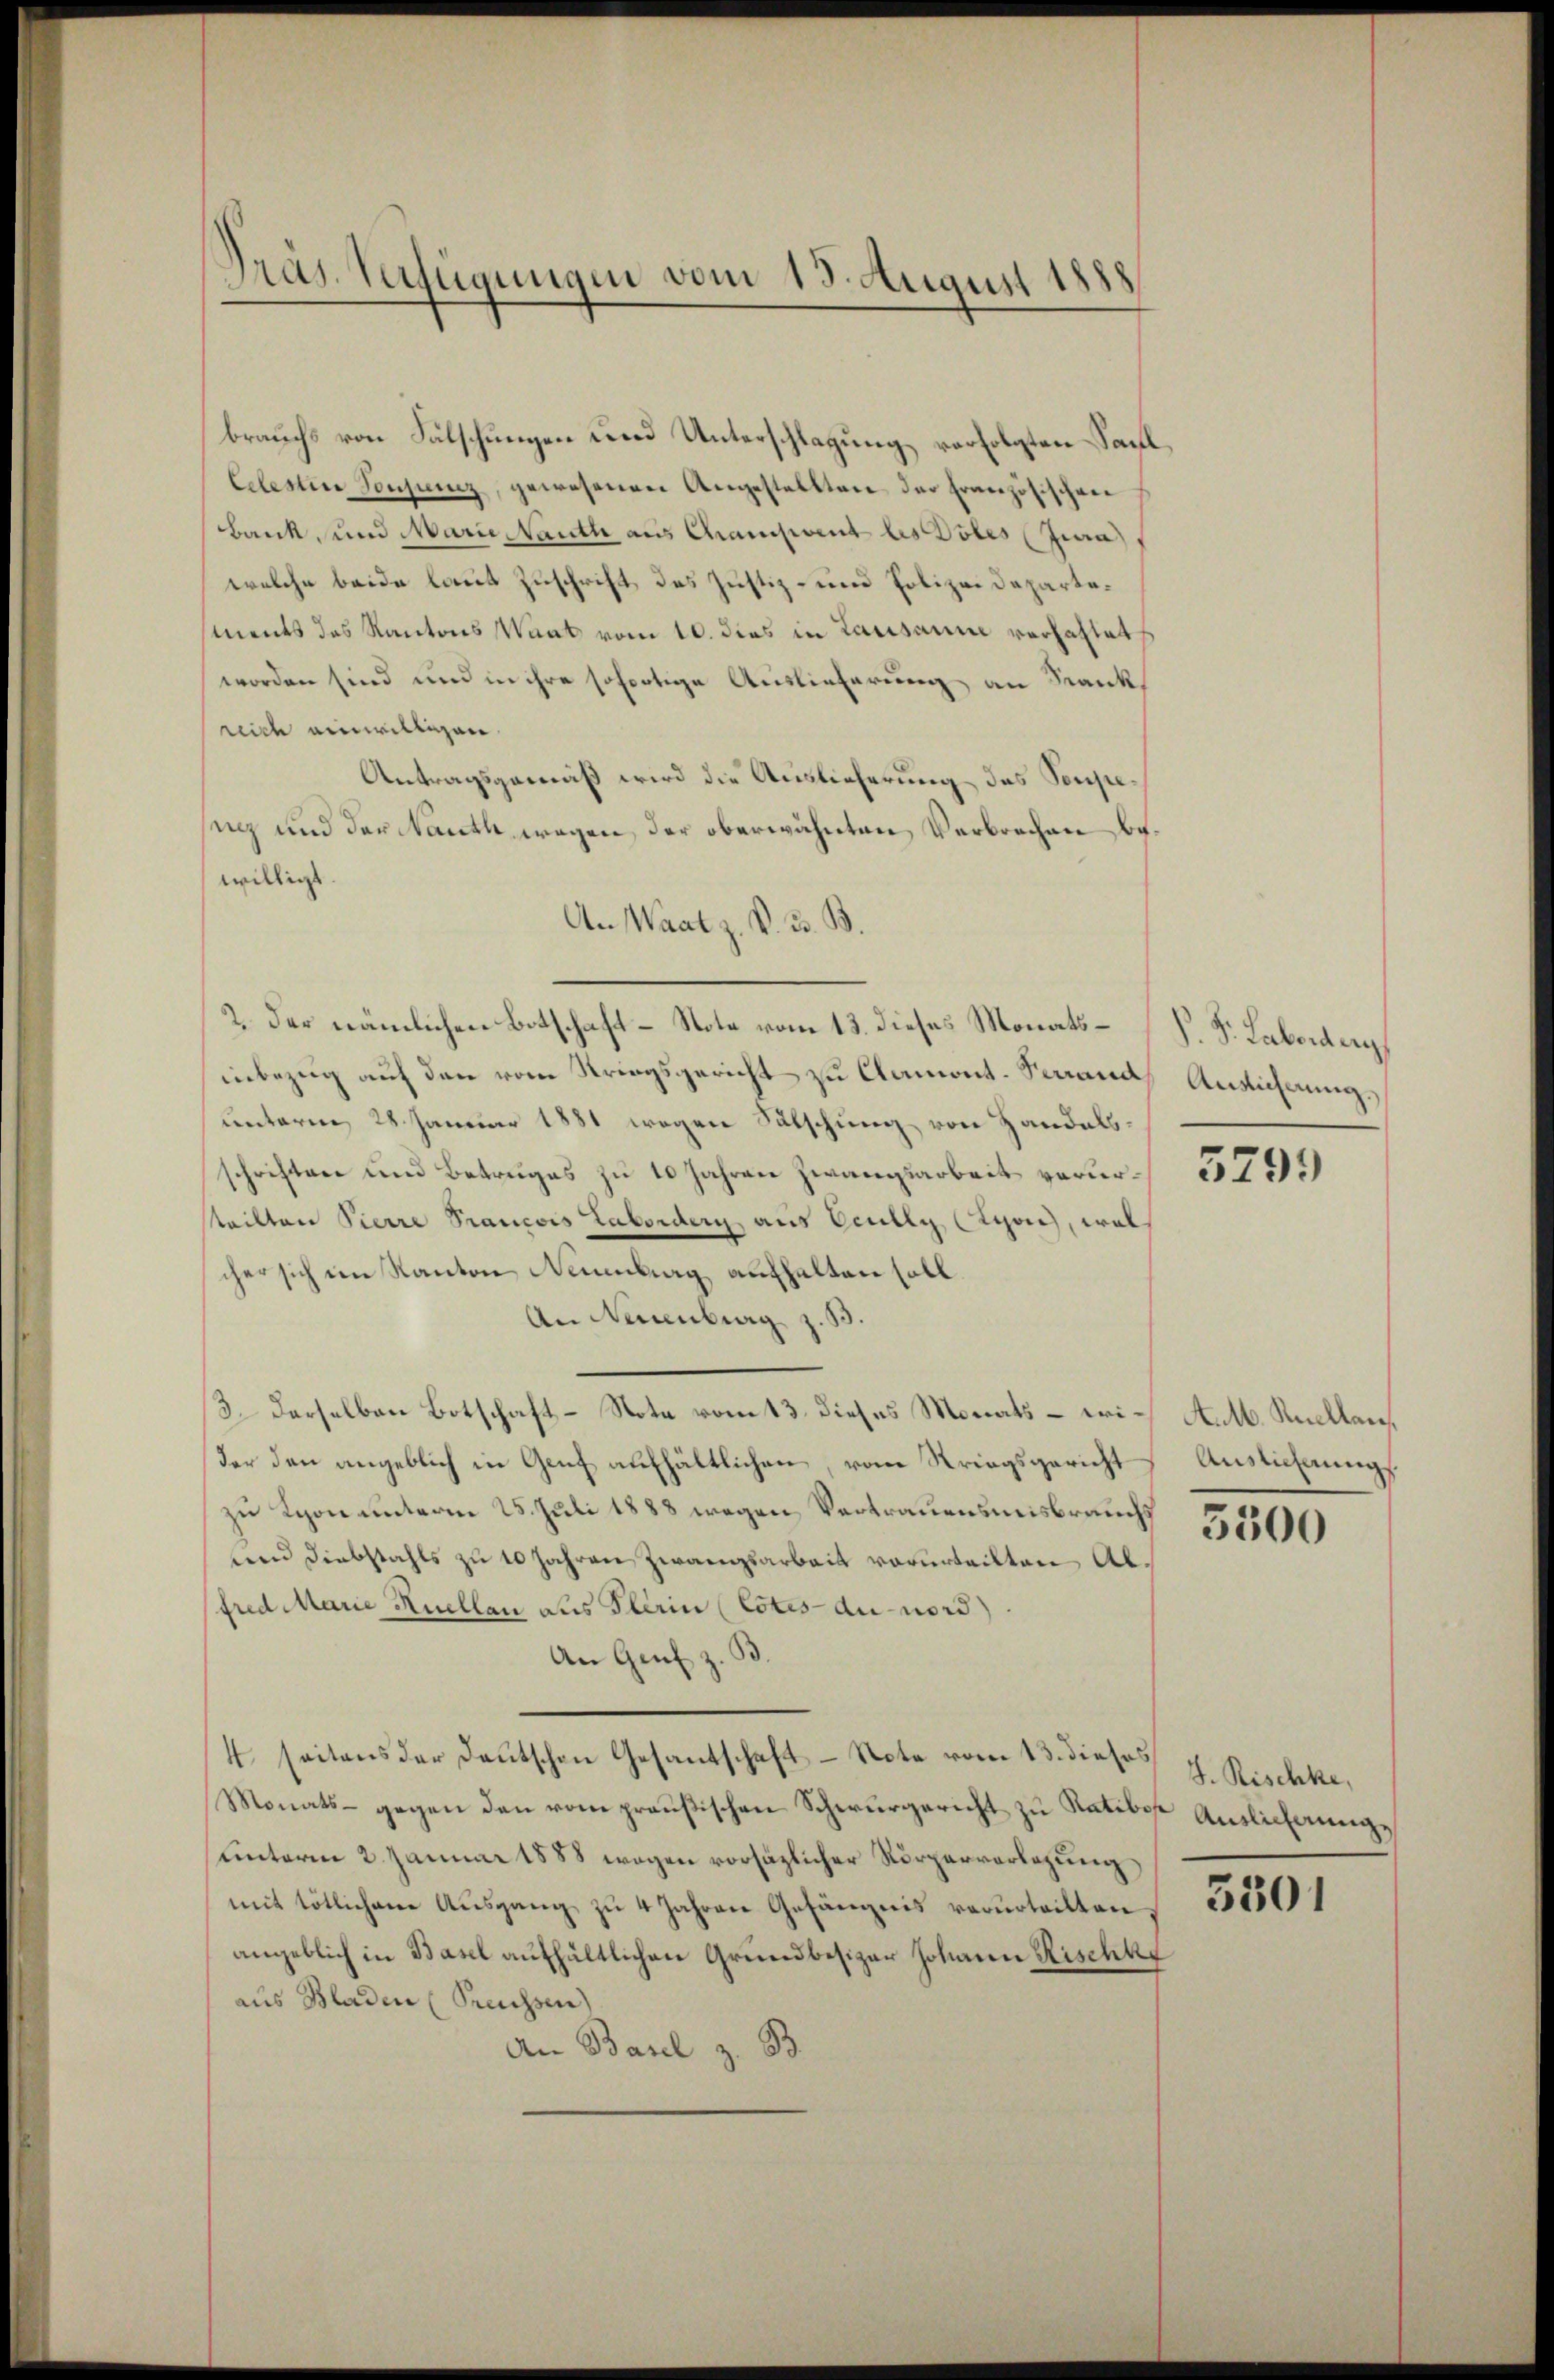
Präs. Verfügungen vom 13. August 1888

brauchs von Fälschungen und Unterschlagung vorfolgten Sachl,
Celestin Sonjunz, gewesenen Angestellten der Französischen
Bank, und Marie Mauth aus Chrament les Pöles (Jura
welche beide laut Zuschrift des Justiz- und Polizeidepartesments das Kantons Waat vom 10. dies in Lausanne verhaltet
worden sind und in ihre sofortige Auslieferung an Sankreich einwilligen.
Antragsgemäß wird die Auslieferung des Soupeinz und der Nauth wegen der oberwähnten Verbrechen bewilligt.
An Waat z. B. 3. B.
2. der nämlichen Botschaft-Note vom 13. dieses Monats- P. F. Laborden
inbezug auf den vom Striegsgericht zu Clamont. Ferrand
unterm 28. Januar 1881 wegen Sätschung von Handelsschriften und Betruges zu 10 Jahren Zwangsarbeit verurteilten Pierre Prancois Labordern aus Ocully (Tyon, wel
cher sich im Kanton Neuenburg aufhalten soll.
An Neuenburg z. B
13. Derselben Botschaft - Note vom 13. dieses Monats – erider den angeblich in Genf aufhältlichen, vom Kriegsgericht
zu Lyon unterm 25. Juli 1888 wegen Vertrauensmisbrauchs
teen Diebstahls zu 10 Jahren Zwangsarbeit vorurteilten Al.
fred Marie Ruellan aus Flerin (Cotes du nord)
An Genf z.
4 seitens der deutschen Gesantschaft Note vom 13. dieses J. Rischke,
Monats - gegen den vom preußischen Schwurgericht zu Ratibose Auslicherung
uinterm 2. Januar 1888 wegen vorsäzlicher Körperverlegung
mit tötlichene Ausgang zu 4 Jahren Gefängnis verurteilten,
angeblich in Basel aufhältlichen Grundbesizer Johann Rischke
aus Bladen (Preussen)
An Basel z. B.

Ansicherung.

5799

Aut. Kucllan
Auslieferungs

5500

3301